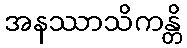
အနဿာသိကန္တိ